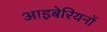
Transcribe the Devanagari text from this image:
आइबेरियनों